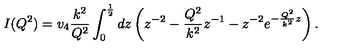
I ( Q ^ { 2 } ) = v _ { 4 } \frac { k ^ { 2 } } { Q ^ { 2 } } \int _ { 0 } ^ { \frac { 1 } { 2 } } d z \left( z ^ { - 2 } - \frac { Q ^ { 2 } } { k ^ { 2 } } z ^ { - 1 } - z ^ { - 2 } e ^ { - \frac { Q ^ { 2 } } { k ^ { 2 } } z } \right) .